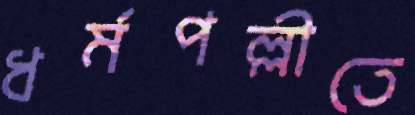
ধর্মপল্লীতে